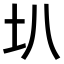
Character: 𫭗